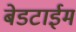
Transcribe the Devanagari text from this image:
बेडटाईम